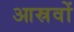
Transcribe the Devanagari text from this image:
आस्रवों